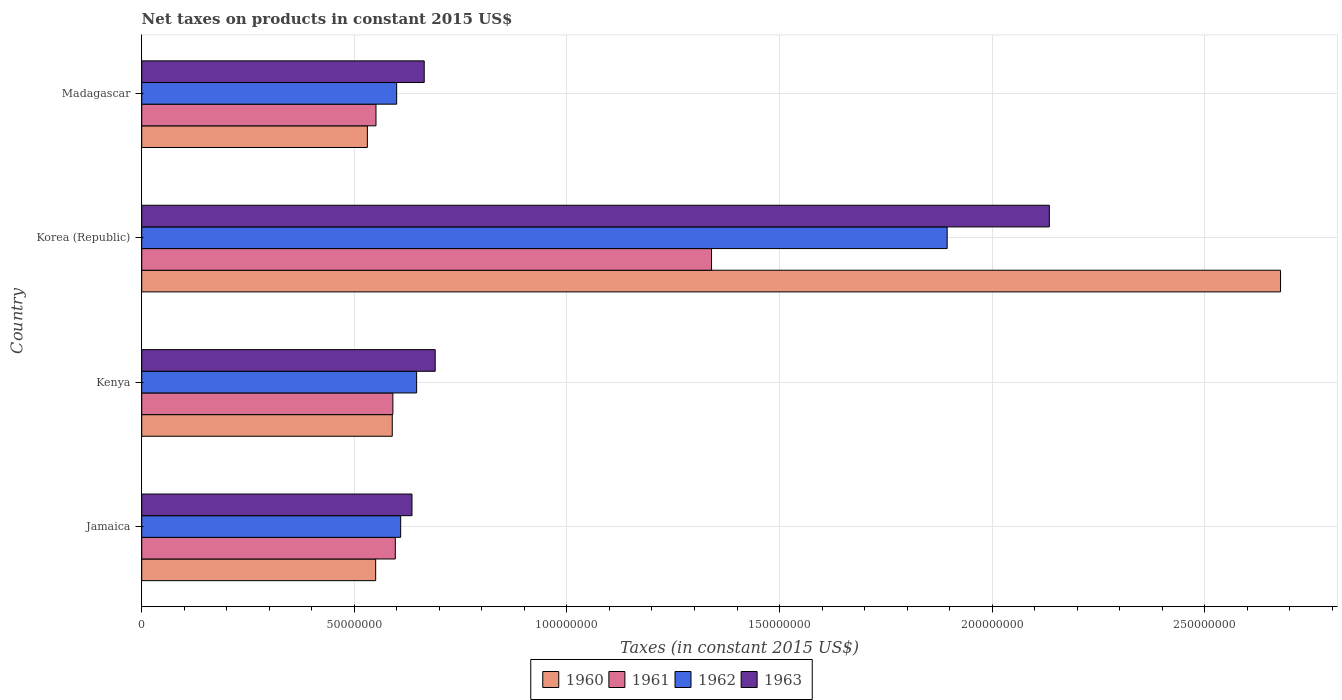
| Country | 1960 | 1961 | 1962 | 1963 |
 | --- | --- | --- | --- | --- |
 | Jamaica | 5.5e+07 | 5.96e+07 | 6.09e+07 | 6.36e+07 |
 | Kenya | 5.89e+07 | 5.91e+07 | 6.47e+07 | 6.9e+07 |
 | Korea (Republic) | 2.68e+08 | 1.34e+08 | 1.89e+08 | 2.13e+08 |
 | Madagascar | 5.31e+07 | 5.51e+07 | 6e+07 | 6.64e+07 |